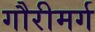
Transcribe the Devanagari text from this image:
गौरीमर्ग